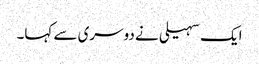
ایک سہیلی نے دوسری سے کہا۔